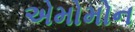
એમોમોન